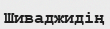
Шиваджидің